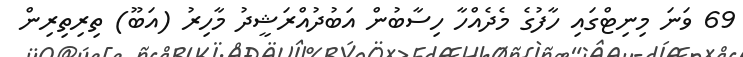
69 ވަނަ މިނިޓްގައި ހާފުގެ މެދެއްހާ ހިސާބުން އަބުދުއްރަޝީދު މާހިރު (އަބޫ) ތިރިތިރިން